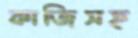
কাজিসহ